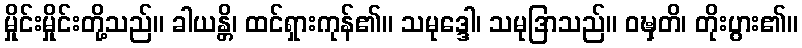
မှိုင်းမှိုင်းတို့သည်။ ခါယန္တိ၊ ထင်ရှားကုန်၏။ သမုဒ္ဒေါ၊ သမုဒြာသည်။ ဝဍ္ဎှတိ၊ တိုးပွား၏။